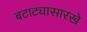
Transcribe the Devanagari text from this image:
बटाट्यासारखे